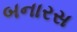
બનારસ